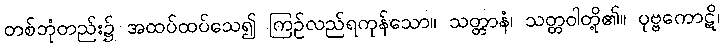
တစ်ဘုံတည်း၌ အထပ်ထပ်သေ၍ ကြဉ်လည်ရကုန်သော။ သတ္တာနံ၊ သတ္တဝါတို့၏။ ပုဗ္ဗကောဋိ၊